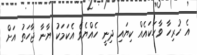
އެ ހުރިހާ ވާހަކައެއް ކިޔައި ދިނީ ހެއްޔެވެ އެކަމަކު ޔާނާ ޖާހަތު އަށް